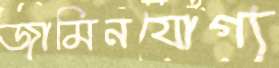
জামিনযোগ্য